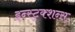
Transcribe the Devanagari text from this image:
इन्स्ट्रक्शन्स